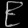
Digit: ၉